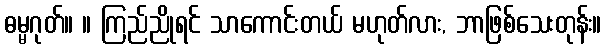
ဓမ္မဂုတ်။ ။ ကြည်ညိုရင် သာကောင်းတယ် မဟုတ်လား, ဘာဖြစ်သေးတုန်း။